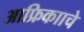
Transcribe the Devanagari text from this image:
आफ्रिकााचे